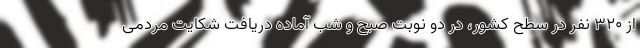
از ۳۲۰ نفر در سطح کشور، در دو نوبت صبح و شب آماده دریافت شکایت مردمی